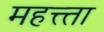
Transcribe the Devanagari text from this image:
महत्त्ता